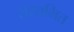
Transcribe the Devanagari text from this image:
संस्तभित